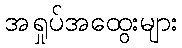
အရှုပ်အထွေးများ